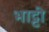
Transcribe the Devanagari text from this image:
भाट्टी